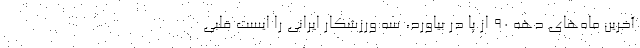
آخرین ماه‌های دهه ۹۰ از پا در بیاورد، سه ورزشکار ایرانی را ایست قلبی